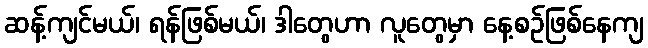
ဆန့်ကျင်မယ်၊ ရန်ဖြစ်မယ်၊ ဒါတွေဟာ လူတွေမှာ နေ့စဉ်ဖြစ်နေကျ